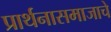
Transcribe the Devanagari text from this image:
प्रार्थनासमाजाचे